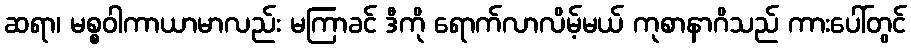
ဆရာ၊ မစ္စဝါကာယာမာလည်း မကြာခင် ဒီကို ရောက်လာလိမ့်မယ် ကုစာနာဂိသည် ကားပေါ်တွင်